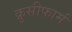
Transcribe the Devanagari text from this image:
क्रुसीफार्म